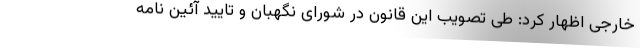
خارجی اظهار کرد: طی تصویب این قانون در شورای نگهبان و تایید آئین نامه